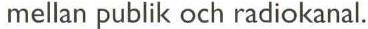
 mellan publik och radiokanal.